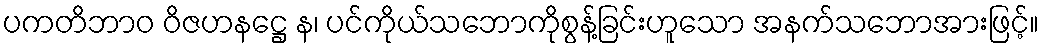
ပကတိဘာဝ ဝိဇဟနဋ္ဌေ န၊ ပင်ကိုယ်သဘောကိုစွန့်ခြင်းဟူသော အနက်သဘောအားဖြင့်။